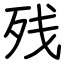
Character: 残